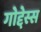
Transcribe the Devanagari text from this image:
गोद्देस्स